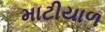
માટીયાળ